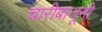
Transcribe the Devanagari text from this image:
चारीबाजूनी